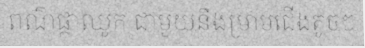
ពណ៌ផ្កាឈូក ជាមួយនឹងម្រាមជើងតូចៗ